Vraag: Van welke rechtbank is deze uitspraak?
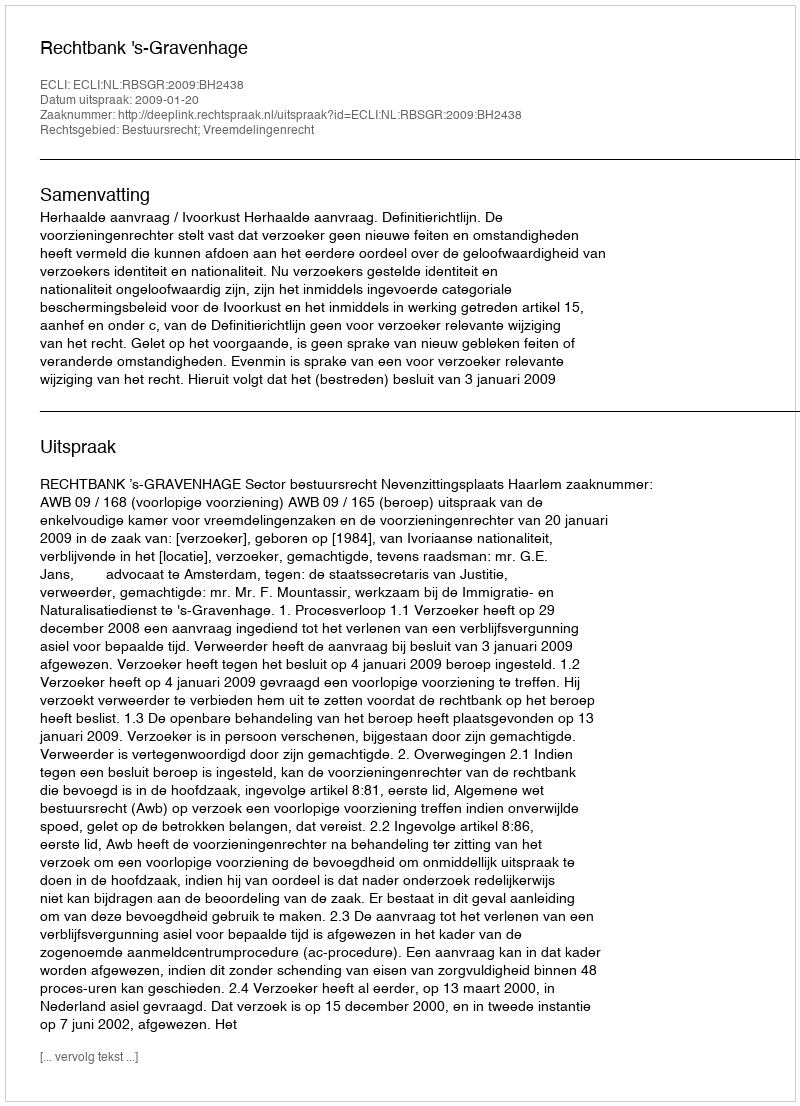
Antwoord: Rechtbank 's-Gravenhage